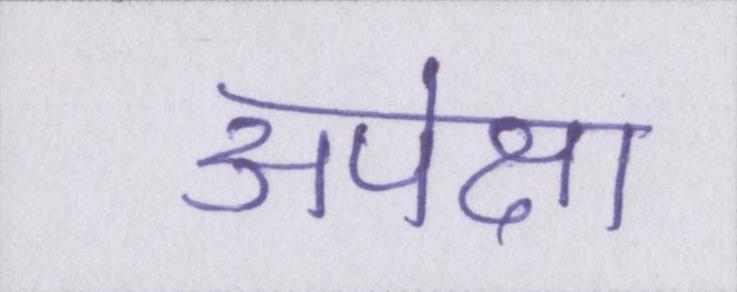
अपेक्षा